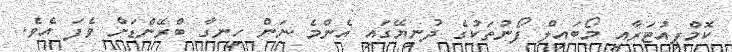
ކޮމްޕިއުޓަރާއި މޯބައިލް ފޯނުތަކުގެ ދުނިޔޭގައި އެންމެ ނަން ހިނގާ ބްރޭންޑަށް ވެފަ އެވެ.